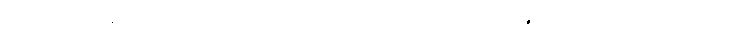
ကာသိကေန၊ ကာသိတိုင်း၌ဖြစ်သော။ (၃၉၀) ဝတ္ထေန၊ အဝတ်ဖြင့်။ သကိံ သကိံ၊